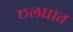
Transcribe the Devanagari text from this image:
छलघात